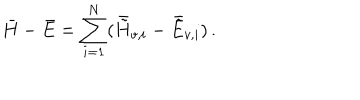
\bar { H } - \bar { E } = \sum _ { i = 1 } ^ { N } ( \bar { \tilde { H } } _ { v , i } - \bar { \tilde { E } } _ { v , i } ) \, .